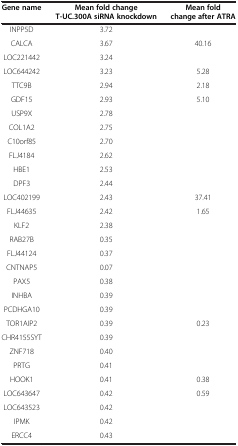
<table><thead><tr><td><b>Gene name</b></td><td><b>Mean fold change T-UC.300A siRNA knockdown</b></td><td><b>Mean fold change after ATRA</b></td></tr></thead><tbody><tr><td>INPP5D</td><td>3.72</td><td> </td></tr><tr><td>CALCA</td><td>3.67</td><td>40.16</td></tr><tr><td>LOC221442</td><td>3.24</td><td> </td></tr><tr><td>LOC644242</td><td>3.23</td><td>5.28</td></tr><tr><td>TTC9B</td><td>2.94</td><td>2.18</td></tr><tr><td>GDF15</td><td>2.93</td><td>5.10</td></tr><tr><td>USP9X</td><td>2.78</td><td> </td></tr><tr><td>COL1A2</td><td>2.75</td><td> </td></tr><tr><td>C10orf85</td><td>2.70</td><td> </td></tr><tr><td>FLJ4184</td><td>2.62</td><td> </td></tr><tr><td>HBE1</td><td>2.53</td><td> </td></tr><tr><td>DPF3</td><td>2.44</td><td> </td></tr><tr><td>LOC402199</td><td>2.43</td><td>37.41</td></tr><tr><td>FLJ44635</td><td>2.42</td><td>1.65</td></tr><tr><td>KLF2</td><td>2.38</td><td> </td></tr><tr><td>RAB27B</td><td>0.35</td><td> </td></tr><tr><td>FLJ44124</td><td>0.37</td><td> </td></tr><tr><td>CNTNAP5</td><td>0.07</td><td> </td></tr><tr><td>PAX5</td><td>0.38</td><td> </td></tr><tr><td>INHBA</td><td>0.39</td><td> </td></tr><tr><td>PCDHGA10</td><td>0.39</td><td> </td></tr><tr><td>TOR1AIP2</td><td>0.39</td><td>0.23</td></tr><tr><td>CHR4155SYT</td><td>0.39</td><td> </td></tr><tr><td>ZNF718</td><td>0.40</td><td> </td></tr><tr><td>PRTG</td><td>0.41</td><td> </td></tr><tr><td>HOOK1</td><td>0.41</td><td>0.38</td></tr><tr><td>LOC643647</td><td>0.42</td><td>0.59</td></tr><tr><td>LOC643523</td><td>0.42</td><td> </td></tr><tr><td>IPMK</td><td>0.42</td><td> </td></tr><tr><td>ERCC4</td><td>0.43</td><td> </td></tr></tbody></table>